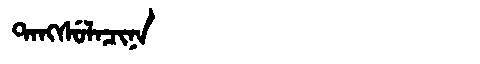
Manchu: ᡨᠠᠩᠰᡠᠯᠠᠴᡳᠨᠠ
Romanization: TANGSULACINA